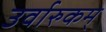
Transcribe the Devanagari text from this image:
उर्वारुकम्